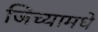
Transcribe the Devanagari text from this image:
जिच्यामधे